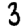
Digit: 3